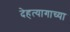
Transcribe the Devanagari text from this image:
देहत्यागाच्या